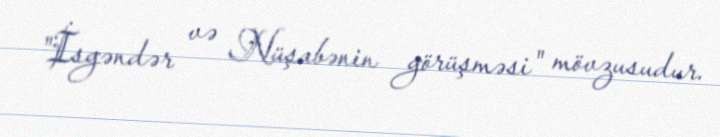
"İsgəndər və Nüşabənin görüşməsi" mövzusudur.